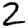
Digit: 2